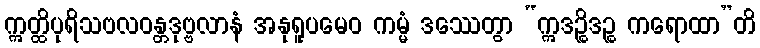
ဣတ္ထိပုရိသဗလဝန္တဒုဗ္ဗလာနံ အနုရူပမေဝ ကမ္မံ ဒဿေတွာ “ဣဒဉ္စိဒဉ္စ ကရောထာ”တိ